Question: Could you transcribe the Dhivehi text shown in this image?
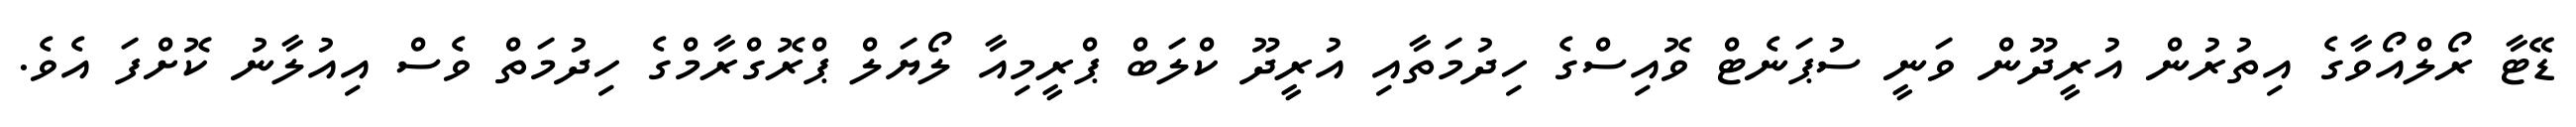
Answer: ޑޭޓާ ރޯލްއޯވާގެ އިތުރުން އުރީދޫން ވަނީ ސުޕަނެޓް ވޮއިސްގެ ހިދުމަތާއި އުރީދޫ ކްލަބް ޕްރީމިއާ ލޯޔަލް ޕްރޮގްރާމްގެ ހިދުމަތް ވެސް އިއުލާނު ކޮށްފަ އެވެ.